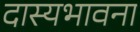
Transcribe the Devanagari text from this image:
दास्यभावना